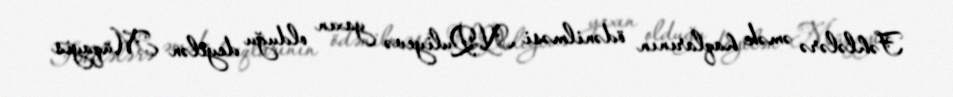
Fəhlələrə əmək haqlarının ödənilməsi N.Quliyevə yaxın olduğu deyilən Müqayis